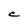
Character: C